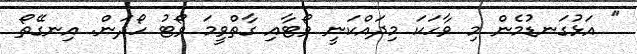
'' އަޅުގަނޑުމެން މި ވާހަކަ މިދައްކަނީ ވޯޓާއި ގާތްވީމަ ވޯޓު ހޯދަން. އިނގޭތޯ